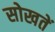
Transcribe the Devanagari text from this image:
सोखतें